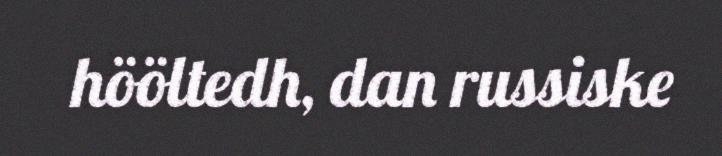
hööltedh, dan russiske